Report of the Indian Hemp Drugs Commission, 1894-1895 - Volume IV
Year: 1894
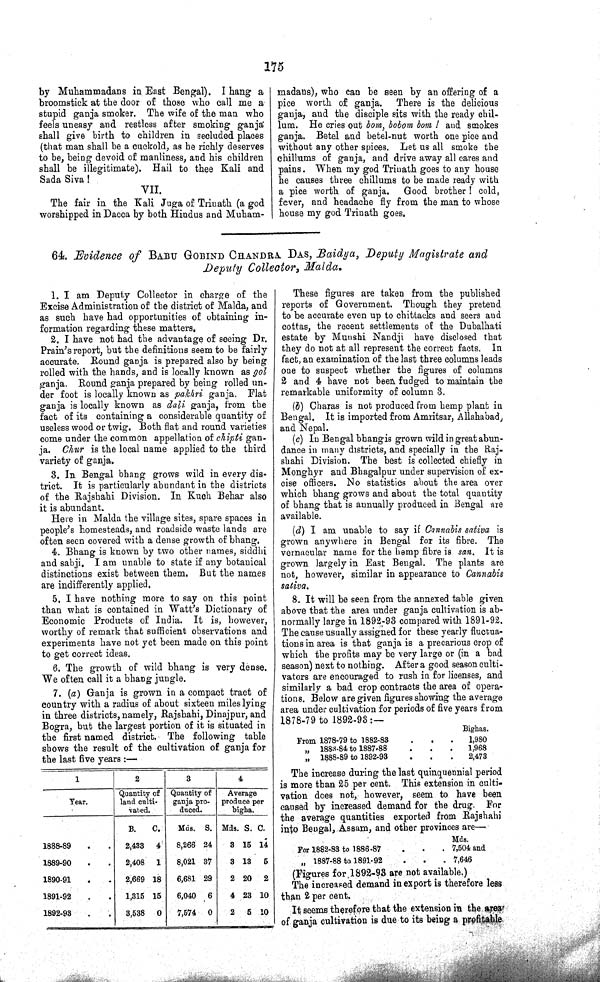
175
by Muhammadans in East Bengal). I hang a
broomstick at the door of those who call me a
stupid ganja smoker. The wife of the man who
feels uneasy and restless after smoking ganja
shall give birth to children in secluded places
(that man shall be a cuckold, as he richly deserves
to be, being devoid of manliness, and his children
shall be illegitimate). Hail to thee Kali and
Sada Siva !
VII.
The fair in the Kali Juga of Trinath (a god
worshipped in Dacca by both Hindus and Muham¬
madans), who can be seen by an offering of a
pice worth of ganja. There is the delicious
ganja, and the disciple sits with the ready chil-
lum. He cries out bom, bobom bom ! and smokes
ganja. Betel and betel-nut worth one pice and
without any other spices. Let us all smoke the
chillums of ganja, and drive away all cares and
pains. When my god Trinath goes to any house
he causes three chillums to be made ready with
a pice worth of ganja. Good brother ! cold,
fever, and headache fly from the man to whose
house my god Trinath goes.
64. Evidence of BABU GOBIND CHANDRA DAS, Baidya, Deputy Magistrate and
Deputy Collector, Malda.
1. I am Deputy Collector in charge of the
Excise Administration of the district of Malda, and
as such have had opportunities of obtaining in¬
formation regarding these matters.
2. I have not had the advantage of seeing Dr.
Prain's report, but the definitions seem to be fairly
accurate. Round ganja is prepared also by being
rolled with the hands, and is locally known as gol
ganja. Round ganja prepared by being rolled un¬
der foot is locally known as pakhri ganja. Flat
ganja is locally known as dali ganja, from the
fact of its containing a considerable quantity of
useless wood or twig. Both flat and round varieties
come under the common appellation of chipti gan¬
ja. Chur is the local name applied to the third
variety of ganja.
3. In Bengal bhang grows wild in every dis¬
trict. It is particularly abundant in the districts
of the Rajshahi Division. In Kuch Behar also
it is abundant.
Here in Malda the village sites, spare spaces in
people's homesteads, and roadside waste lands are
often seen covered with a dense growth of bhang.
4. Bhang is known by two other names, siddhi
and sabji. I am unable to state if any botanical
distinctions exist between them. But the names
are indifferently applied.
5. I have nothing more to say on this point
than what is contained in Watt's Dictionary of
Economic Products of India. It is, however,
worthy of remark that sufficient observations and
experiments have not yet been made on this point
to get correct ideas.
6. The growth of wild bhang is very dense.
We often call it a bhang jungle.
7. (a) Ganja is grown in a compact tract of
country with a radius of about sixteen miles lying
in three districts, namely, Rajshahi, Dinajpur, and
Bogra, but the largest portion of it is situated in
the first named district. The following table
shows the result of the cultivation of ganja for
the last five years:—
1
2
3
4
Year.
Quantity of
land culti-
vated.
Quantity of
ganja pro-
duced.
Average
produce per
bigha.
B.
C. Mds. S. Mds. S. C.
1888-89
2,433 4
8,266 24
8 15 14
1889-90
2,408 1
8,021 37
3 13 5
1890-91
2,669 18
6,681 29
2 20 2
1891-92
1,315 15
6,040 6
4 23 10
1892-98
3,538 0
7,574 0
2 5 10
These figures are taken from the published
reports of Government. Though they pretend
to be accurate even up to chittacks and seers and
cottas, the recent settlements of the Dubalhati
estate by Munshi Nandji have disclosed that
they do not at all represent the correct facts. In
fact, an examination of the last three columns leads
one to suspect whether the figures of columns
2 and 4 have not been fudged to maintain the
remarkable uniformity of column 3.
(b) Charas is not produced from hemp plant in
Bengal. It is imported from Amritsar, Allahabad,
and Nepal.
(c) In Bengal bhang is grown wild in great abun¬
dance in many districts, and specially in the Raj-
shahi Division. The best is collected chiefly in
Monghyr and Bhagalpur under supervision of ex¬
cise officers. No statistics about the area over
which bhang grows and about the total quantity
of bhang that is annually produced in Bengal are
available.
(d) I am unable to say if Cannabis sativa is
grown anywhere in Bengal for its fibre. The
vernacular name for the hemp fibre is san. It is
grown largely in East Bengal. The plants are
not, however, similar in appearance to Cannabis
sativa.
8. It will be seen from the annexed table given
above that the area under ganja cultivation is ab¬
normally large in 1892-93 compared with 1891-92.
The cause usually assigned for these yearly fluctua¬
tions in area is that ganja is a precarious crop of
which the profits may be very large or (in a bad
season) next to nothing. After a good season culti¬
vators are encouraged to rush in for licenses, and
similarly a bad crop contracts the area of opera¬
tions. Below are given figures showing the average
area under cultivation for periods of five years from
1878-79 to 1892-93:—
Bighas.
From 1878-79 to 1882-83
1,980
" 1883-84 to 1887-88
1,968
" 1888-89 to 1892-93
2,473
The increase during the last quinquennial period
is more than 25 per cent. This extension in culti¬
vation does not, however, seem to have been
caused by increased demand for the drug. For
the average quantities exported from Rajshahi
into Bengal, Assam, and other provinces are—
Mds.
For 1882-83 to 1886-87
7,504 and
" 1887-88 to 1891-92
7,646
(Figures for 1892-93 are not available.)
The increased demand in export is therefore less
than 2 per cent.
It seems therefore that the extension in the area
of ganja cultivation is due to its being a profitable